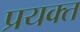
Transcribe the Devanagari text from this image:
प्रयक्त